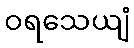
ဝရသေယျံ